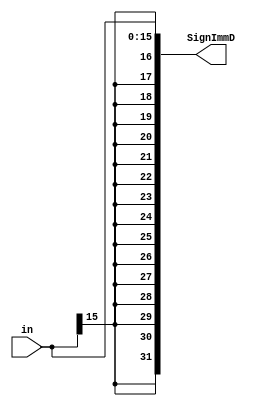
`timescale 1ns / 1ps
//////////////////////////////////////////////////////////////////////////////////
// Company: 
// Engineer: 
// 
// Design Name: 
// Module Name:    Sign_Extend 
// Project Name: 
// Target Devices: 
// Tool versions: 
// Description: 
//
// Dependencies: 
//
// Revision: 
// Revision 0.01 - File Created
// Additional Comments: 
//
//////////////////////////////////////////////////////////////////////////////////
module Sign_Extend(
	input wire [15:0]in,
	output reg [31:0]SignImmD
);
	 
always@(*)
begin
	SignImmD <= $signed(in);
end


endmodule